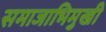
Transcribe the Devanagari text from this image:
समाजाभिमुखी